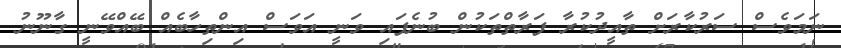
ނަމަވެސް ސަރުކާރަށް ތާއީދުކުރާ ފަރާތްތަކުން ބުނެފައި ވަނީ އަވަސް އިންތިހާބެއް ބޭއްވޭނީ ގާނޫނު